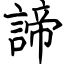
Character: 諦